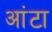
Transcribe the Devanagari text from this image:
आंटा